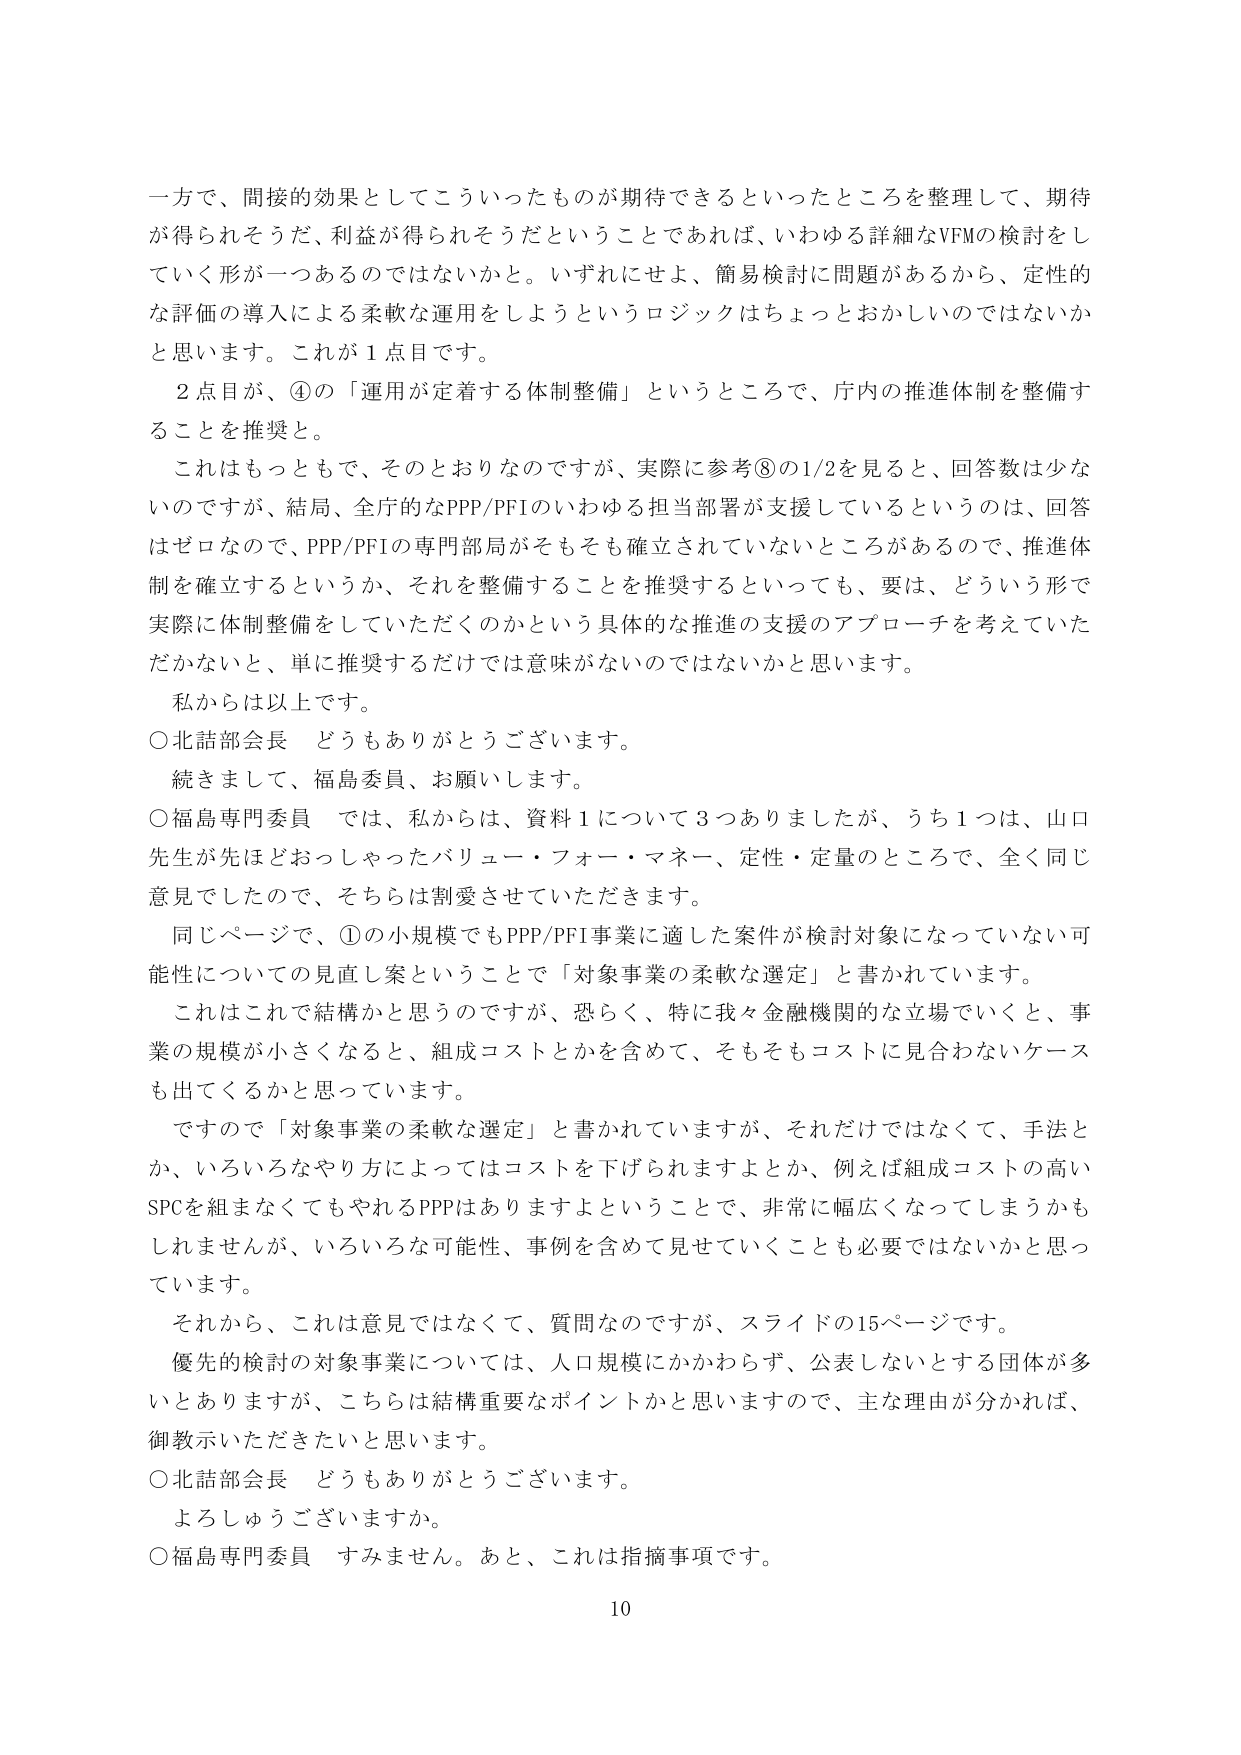
一方で、間接的効果としてこういったものが期待できるといったところを整理して、期待が得られそうだ、利益が得られそうだということであれば、いわゆる詳細なVFMの検討をしていく形が一つあるのではないかと。いずれにせよ、簡易検討に問題があるから、定性的な評価の導入による柔軟な運用をしようというロジックはちょっとおかしいのではないかと思います。これが１点目です。

２点目が、④の「運用が定着する体制整備」というところで、庁内の推進体制を整備することを推奨と。

これはもっともで、そのとおりなのですが、実際に参考⑧の1/2を見ると、回答数は少ないのですが、結局、全庁的なPPP/PFIのいわゆる担当部署が支援しているというのは、回答はゼロなので、PPP/PFIの専門部局がそもそも確立されていないところがあるので、推進体制を確立するというか、それを整備することを推奨するといっても、要は、どういう形で実際に体制整備をしていただくのかという具体的な推進の支援のアプローチを考えていただかないと、単に推奨するだけでは意味がないのではないかと思います。

私からは以上です。

○北舘部会長　どうもありがとうございます。

続きまして、福島委員、お願いします。

○福島専門委員　では、私からは、資料１について３つありましたか、うち１つは、山口先生が先ほどおっしゃったバリュー・フォー・マネー、定性・定量のところで、全く同じ意見でしたので、そちらは割愛させていただきます。

同じページで、①の小規模でもPPP/PFI事業に適した案件が検討対象になっていない可能性についての見直し案ということで「対象事業の柔軟な選定」と書かれています。

これはこれで結構かと思うのですが、恐らく、特に我々金融機関的な立場でいくと、事業の規模が小さくなると、組成コストとかを含めて、そもそもコストに見合わないケースも出てくるかと思っています。

ですので「対象事業の柔軟な選定」と書かれていますが、それだけではなくて、手法とか、いろいろなやり方によってはコストを下げられますよとか、例えば組成コストの高いSPCを組まなくてもやれるPPPはありますよということで、非常に幅広くなってしまうかもしれませんか、いろいろな可能性、事例を含めて見せていくことも必要ではないかと思っています。

それから、これは意見ではなくて、質問なのですが、スライドの15ページです。

優先的検討の対象事業については、人口規模にかかわらず、公表しないとする団体が多いとありますが、こちらは結構重要なポイントかと思いますので、主な理由が分かれば、御教示いただきたいと思います。

○北舘部会長　どうもありがとうございます。

よろしうございますか。

○福島専門委員　すみません。あと、これは指摘事項です。

10